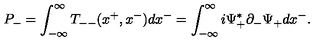
P _ { - } = \int _ { - { \infty } } ^ { \infty } T _ { -- } ( x ^ { + } , x ^ { - } ) d x ^ { - } = \int _ { - { \infty } } ^ { \infty } i { \Psi } _ { + } ^ { \ast } { \partial } _ { - } { \Psi } _ { + } d x ^ { - } .